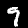
Digit: 9